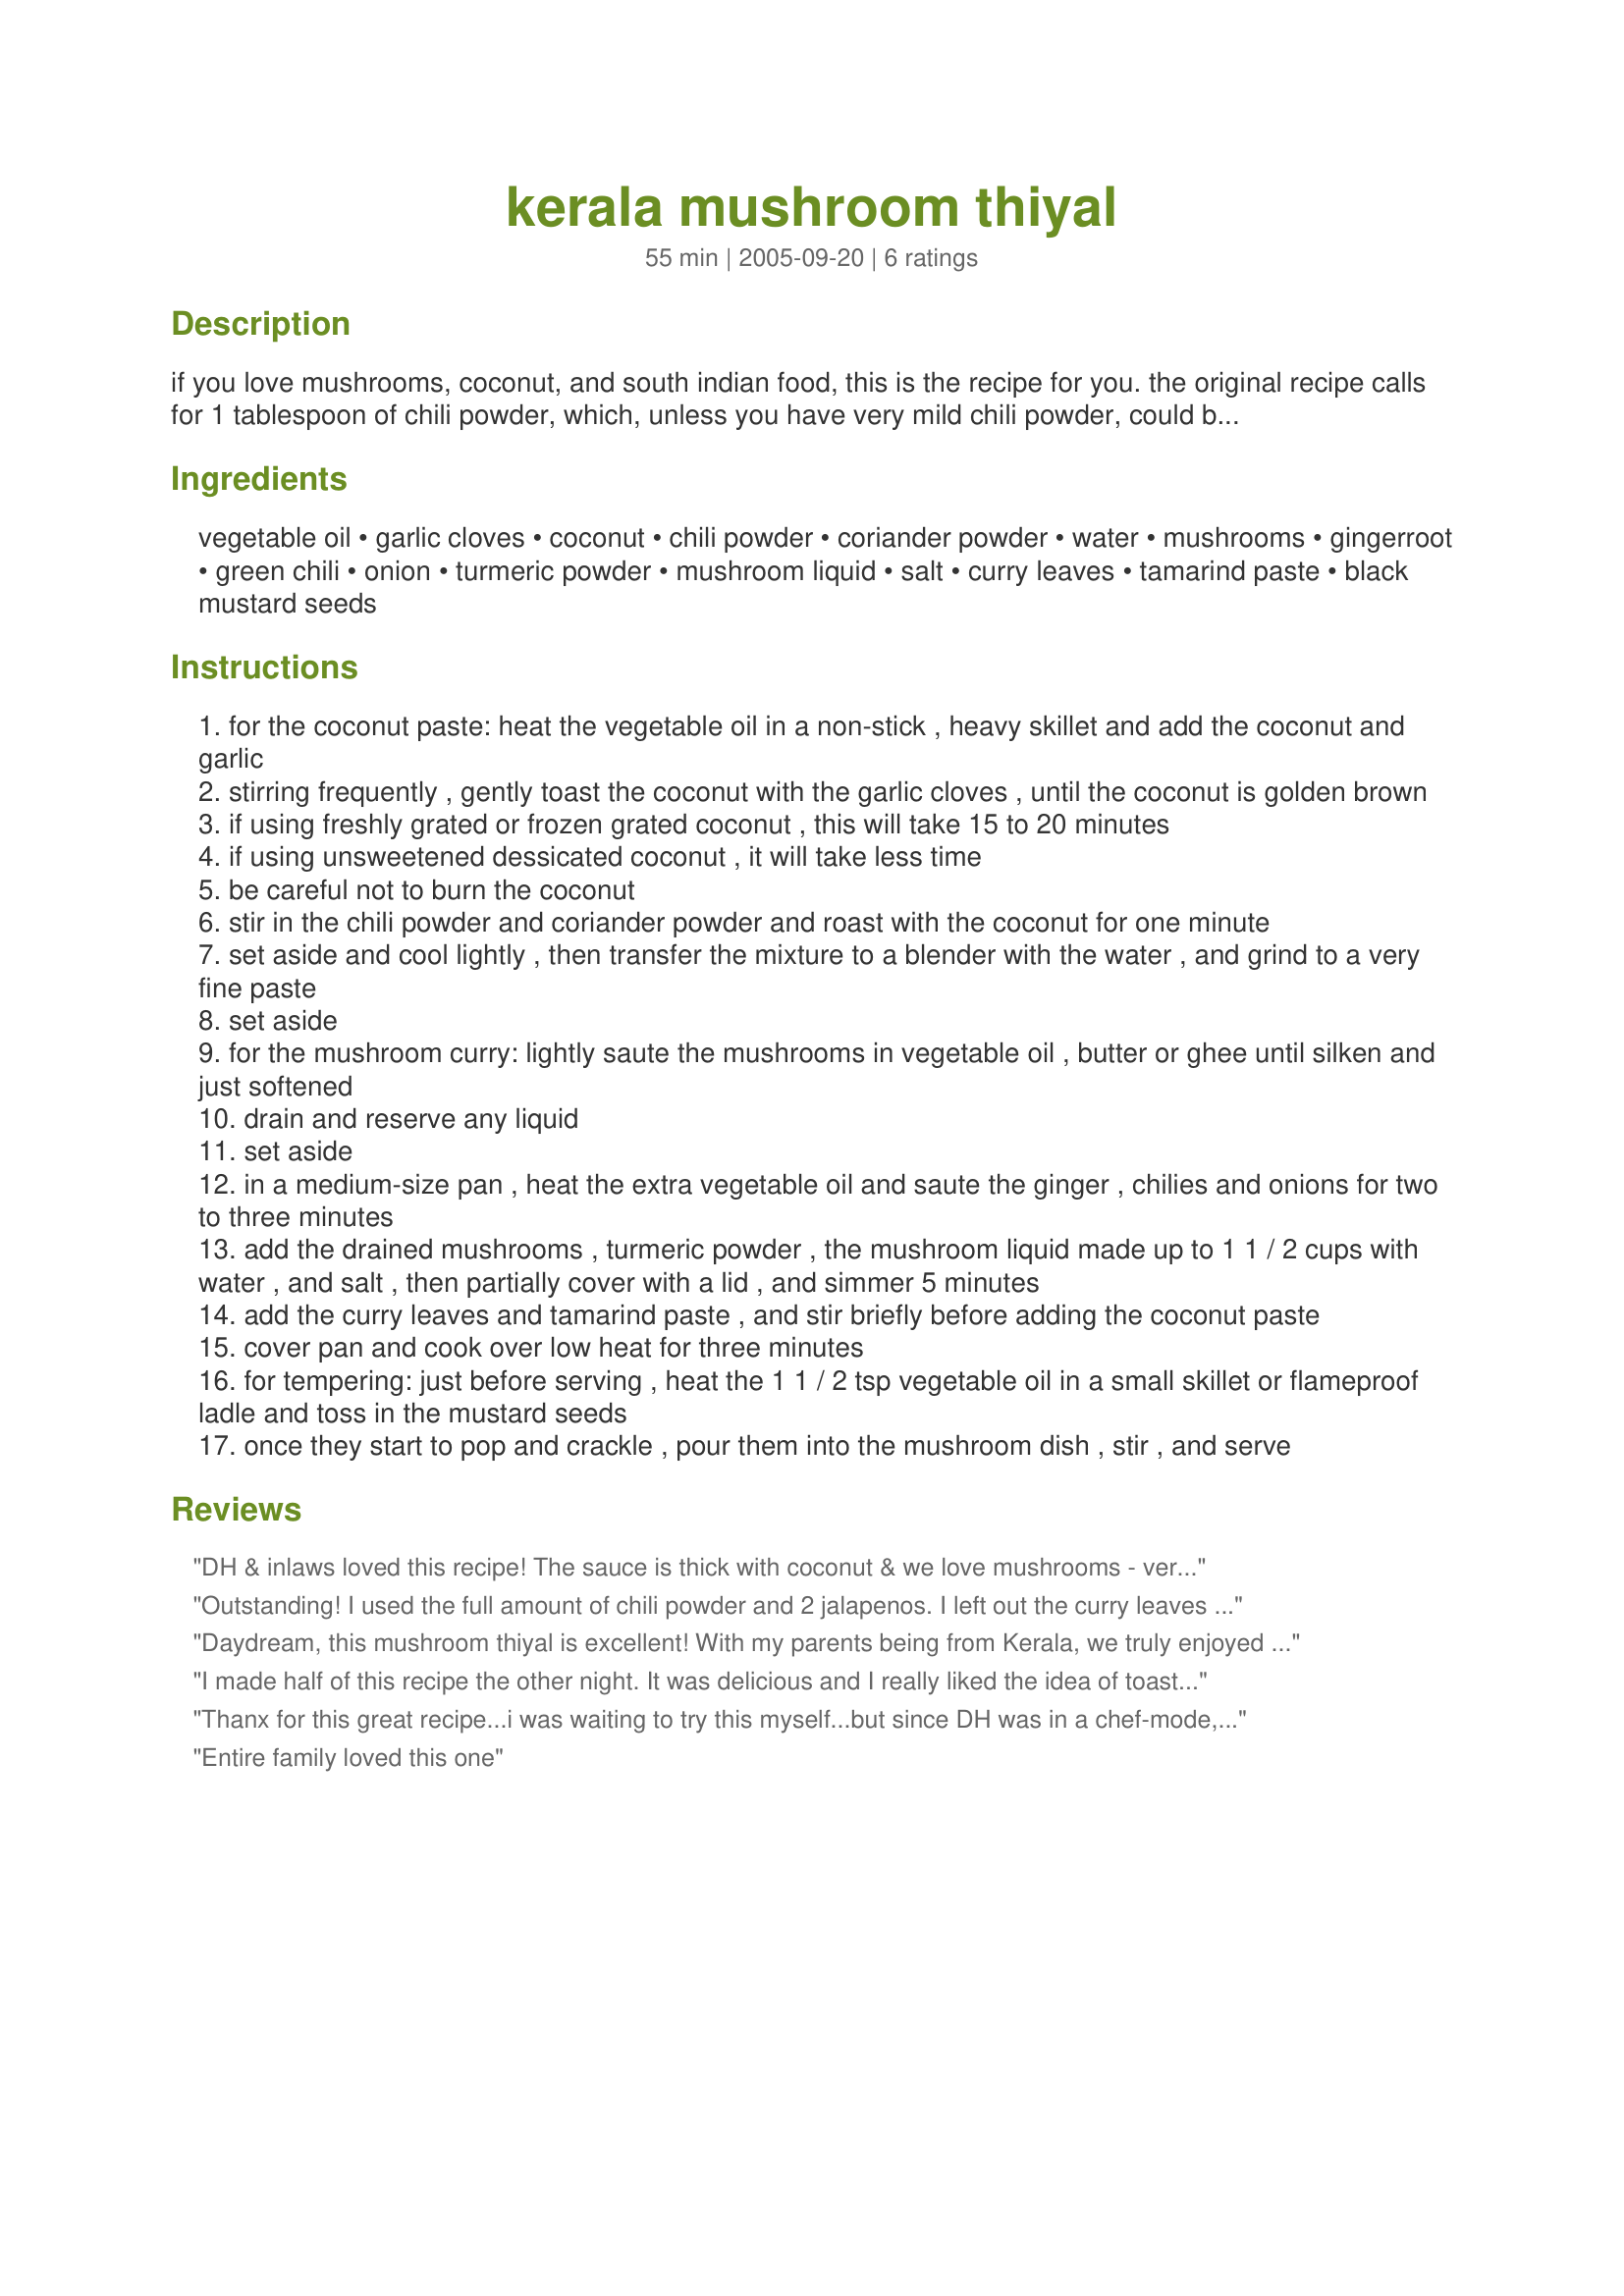
kerala mushroom thiyal
Preparation time: 55 minutes

if you love mushrooms, coconut, and south indian food, this is the recipe for you. the original recipe calls for 1 tablespoon of chili powder, which, unless you have very mild chili powder, could be blisteringly hot. my chili powder is very hot and i find 1/2 teaspoon plenty enough. you can either serve this as a side vegetable dish, or as a main dish with rice or indian breads. adapted from a recipe by velayudhan koolichalakal.

Ingredients:
vegetable oil, garlic cloves, coconut, chili powder, coriander powder, water, mushrooms, gingerroot, green chili, onion, turmeric powder, mushroom liquid, salt, curry leaves, tamarind paste, black mustard seeds

Steps:
for the coconut paste: heat the vegetable oil in a non-stick , heavy skillet and add the coconut and garlic
stirring frequently , gently toast the coconut with the garlic cloves , until the coconut is golden brown
if using freshly grated or frozen grated coconut , this will take 15 to 20 minutes
if using unsweetened dessicated coconut , it will take less time
be careful not to burn the coconut
stir in the chili powder and coriander powder and roast with the coconut for one minute
set aside and cool lightly , then transfer the mixture to a blender with the water , and grind to a very fine paste
set aside
for the mushroom curry: lightly saute the mushrooms in vegetable oil , butter or ghee until silken and just softened
drain and reserve any liquid
set aside
in a medium-size pan , heat the extra vegetable oil and saute the ginger , chilies and onions for two to three minutes
add the drained mushrooms , turmeric powder , the mushroom liquid made up to 1 1 / 2 cups with water , and salt , then partially cover with a lid , and simmer 5 minutes
add the curry leaves and tamarind paste , and stir briefly before adding the coconut paste
cover pan and cook over low heat for three minutes
for tempering: just before serving , heat the 1 1 / 2 tsp vegetable oil in a small skillet or flameproof ladle and toss in the mustard seeds
once they start to pop and crackle , pour them into the mushroom dish , stir , and serve

Reviews:
DH & inlaws loved this recipe! The sauce is thick with coconut & we love mushrooms - very authentic & yummy! Goes great with idlies as we had for lunch, thanks for posting!
Outstanding! I used the full amount of chili powder and 2 jalapenos. I left out the curry leaves (I can't get them here in small-town Ohio), but this still turned out great. Don't be scared off by the long list of ingredients...this really isn't very difficult to make. Thanks for posting; I'm sure I'll be making this again.
Daydream, this mushroom thiyal is excellent! With my parents being from Kerala, we truly enjoyed this dish, as it is very flavorful and quick to make. Thank you for sharing a recipe that will be made again and again.
I made half of this recipe the other night. It was delicious and I really liked the idea of toasting the coconut first. Instead of tempering at the end, I added the mustard seeds and curry leaves to the hot oil just before the onions. Very good, thanks for posting.
Thanx for this great recipe...i was waiting to try this myself...but since DH was in a chef-mode,he tried it out...though we had it alongwith pita bread..it would b great with white rice too... The only modification he made was to decrease the amount of tamarind as we use tamarind concentrate at home rather than the thick paste.
Entire family loved this one
